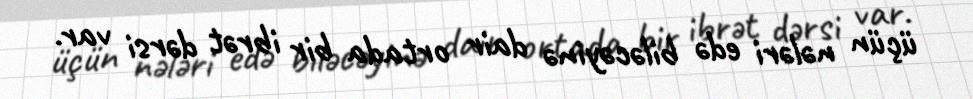
üçün nələri edə biləcəyinə dair ortada bir ibrət dərsi var.